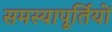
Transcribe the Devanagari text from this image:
समस्यापूर्तियों